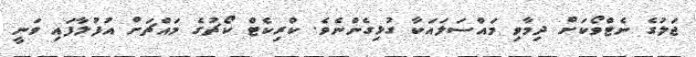
ޖަލުގެ ނެޓްވޯކަށް ދިމާވި މައްސަލައަކާ ގުޅިގެންނެވެ. ކްރިކެޓް ކޯޗުގެ މައްޗަށް އުފުލާފައި ވަނީ